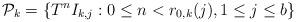
LaTeX: \begin{align*}\mathcal{P}_k = \{ T^n I_{k,j} : 0 \le n < r_{0,k}(j), 1 \le j \le b \}\end{align*}